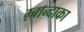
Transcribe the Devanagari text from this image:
म्बान्दाका